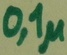
Text: 0,1µ